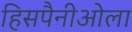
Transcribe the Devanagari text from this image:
हिसपैनीओला